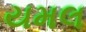
યમલ